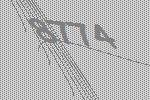
8774